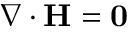
\nabla \cdot \mathbf { H } = \mathbf { 0 } \,